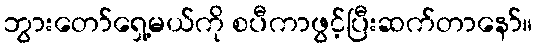
ဘွားတော်ရှေ့မယ်ကို စပီကာဖွင့်ပြီးဆက်တာနော်။